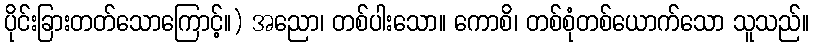
ပိုင်းခြားတတ်သောကြောင့်။) အညော၊ တစ်ပါးသော။ ကောစိ၊ တစ်စုံတစ်ယောက်သော သူသည်။